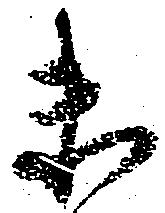
未